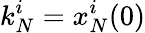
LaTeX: k_{N}^{i}=x_{N}^{i}(0)